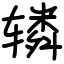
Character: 辚